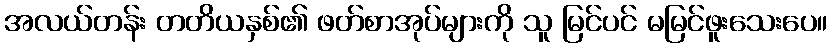
အလယ်တန်း တတိယနှစ်၏ ဖတ်စာအုပ်များကို သူ မြင်ပင် မမြင်ဖူးသေးပေ။